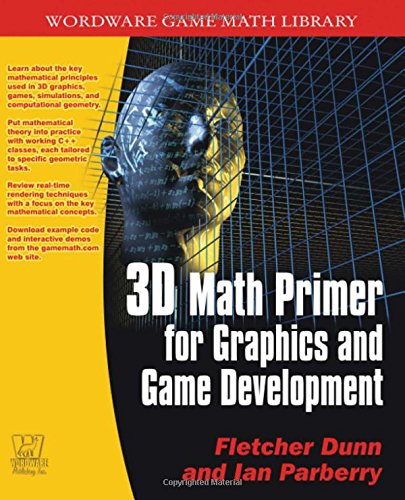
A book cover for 3D Math Primer For Graphics And Game Development (Wordware Game Math Library); Fletcher Dunn; Computers & Technology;